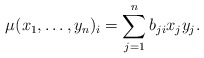
\begin{align*}\mu(x_1,\ldots,y_n)_i = \sum_{j=1}^n b_{ji} x_j y_j.\end{align*}